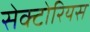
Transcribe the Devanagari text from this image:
सेक्टोरियस